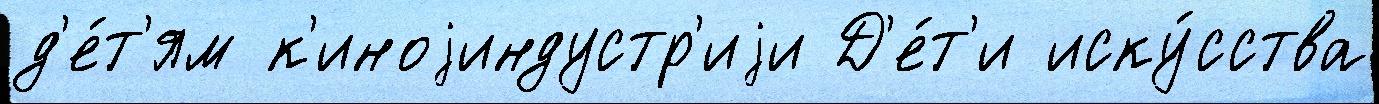
д'е́т'ям к'иноjиндустр'иjи Д'е́т'и иску́сства